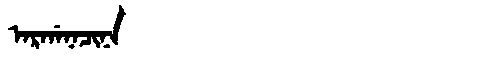
Manchu: ᠠᡵᡤᠠᠨᠠᠴᡳᠨᠠ
Romanization: ARGANACINA